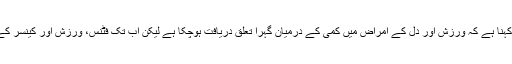
سروے سے وابستہ کینسر کی ماہر کا کہنا ہے کہ ورزش اور دل کے امراض میں کمی کے درمیان گہرا تعلق دریافت ہوچکا ہے لیکن اب تک فٹنس، ورزش اور کینسر کے درمیان تعلق دریافت نہیں کیا گیا تھا۔